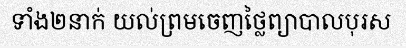
ទាំង២នាក់ យល់ព្រមចេញថ្លៃព្យាបាលបុរស